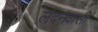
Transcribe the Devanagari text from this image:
लंदनवासी